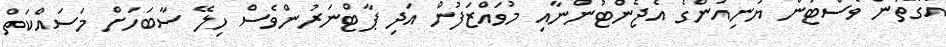
އެގޮތުން ވެސްޓަން ޔުނިއަންގެ އެޖެންޓުންނާއި މުވައްޒަފުން އަދި ޕާޓްނަރުންވެސް ހިލޭ ސާބަހަށް މަސައްކަތް